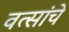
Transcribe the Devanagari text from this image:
वत्सांचे